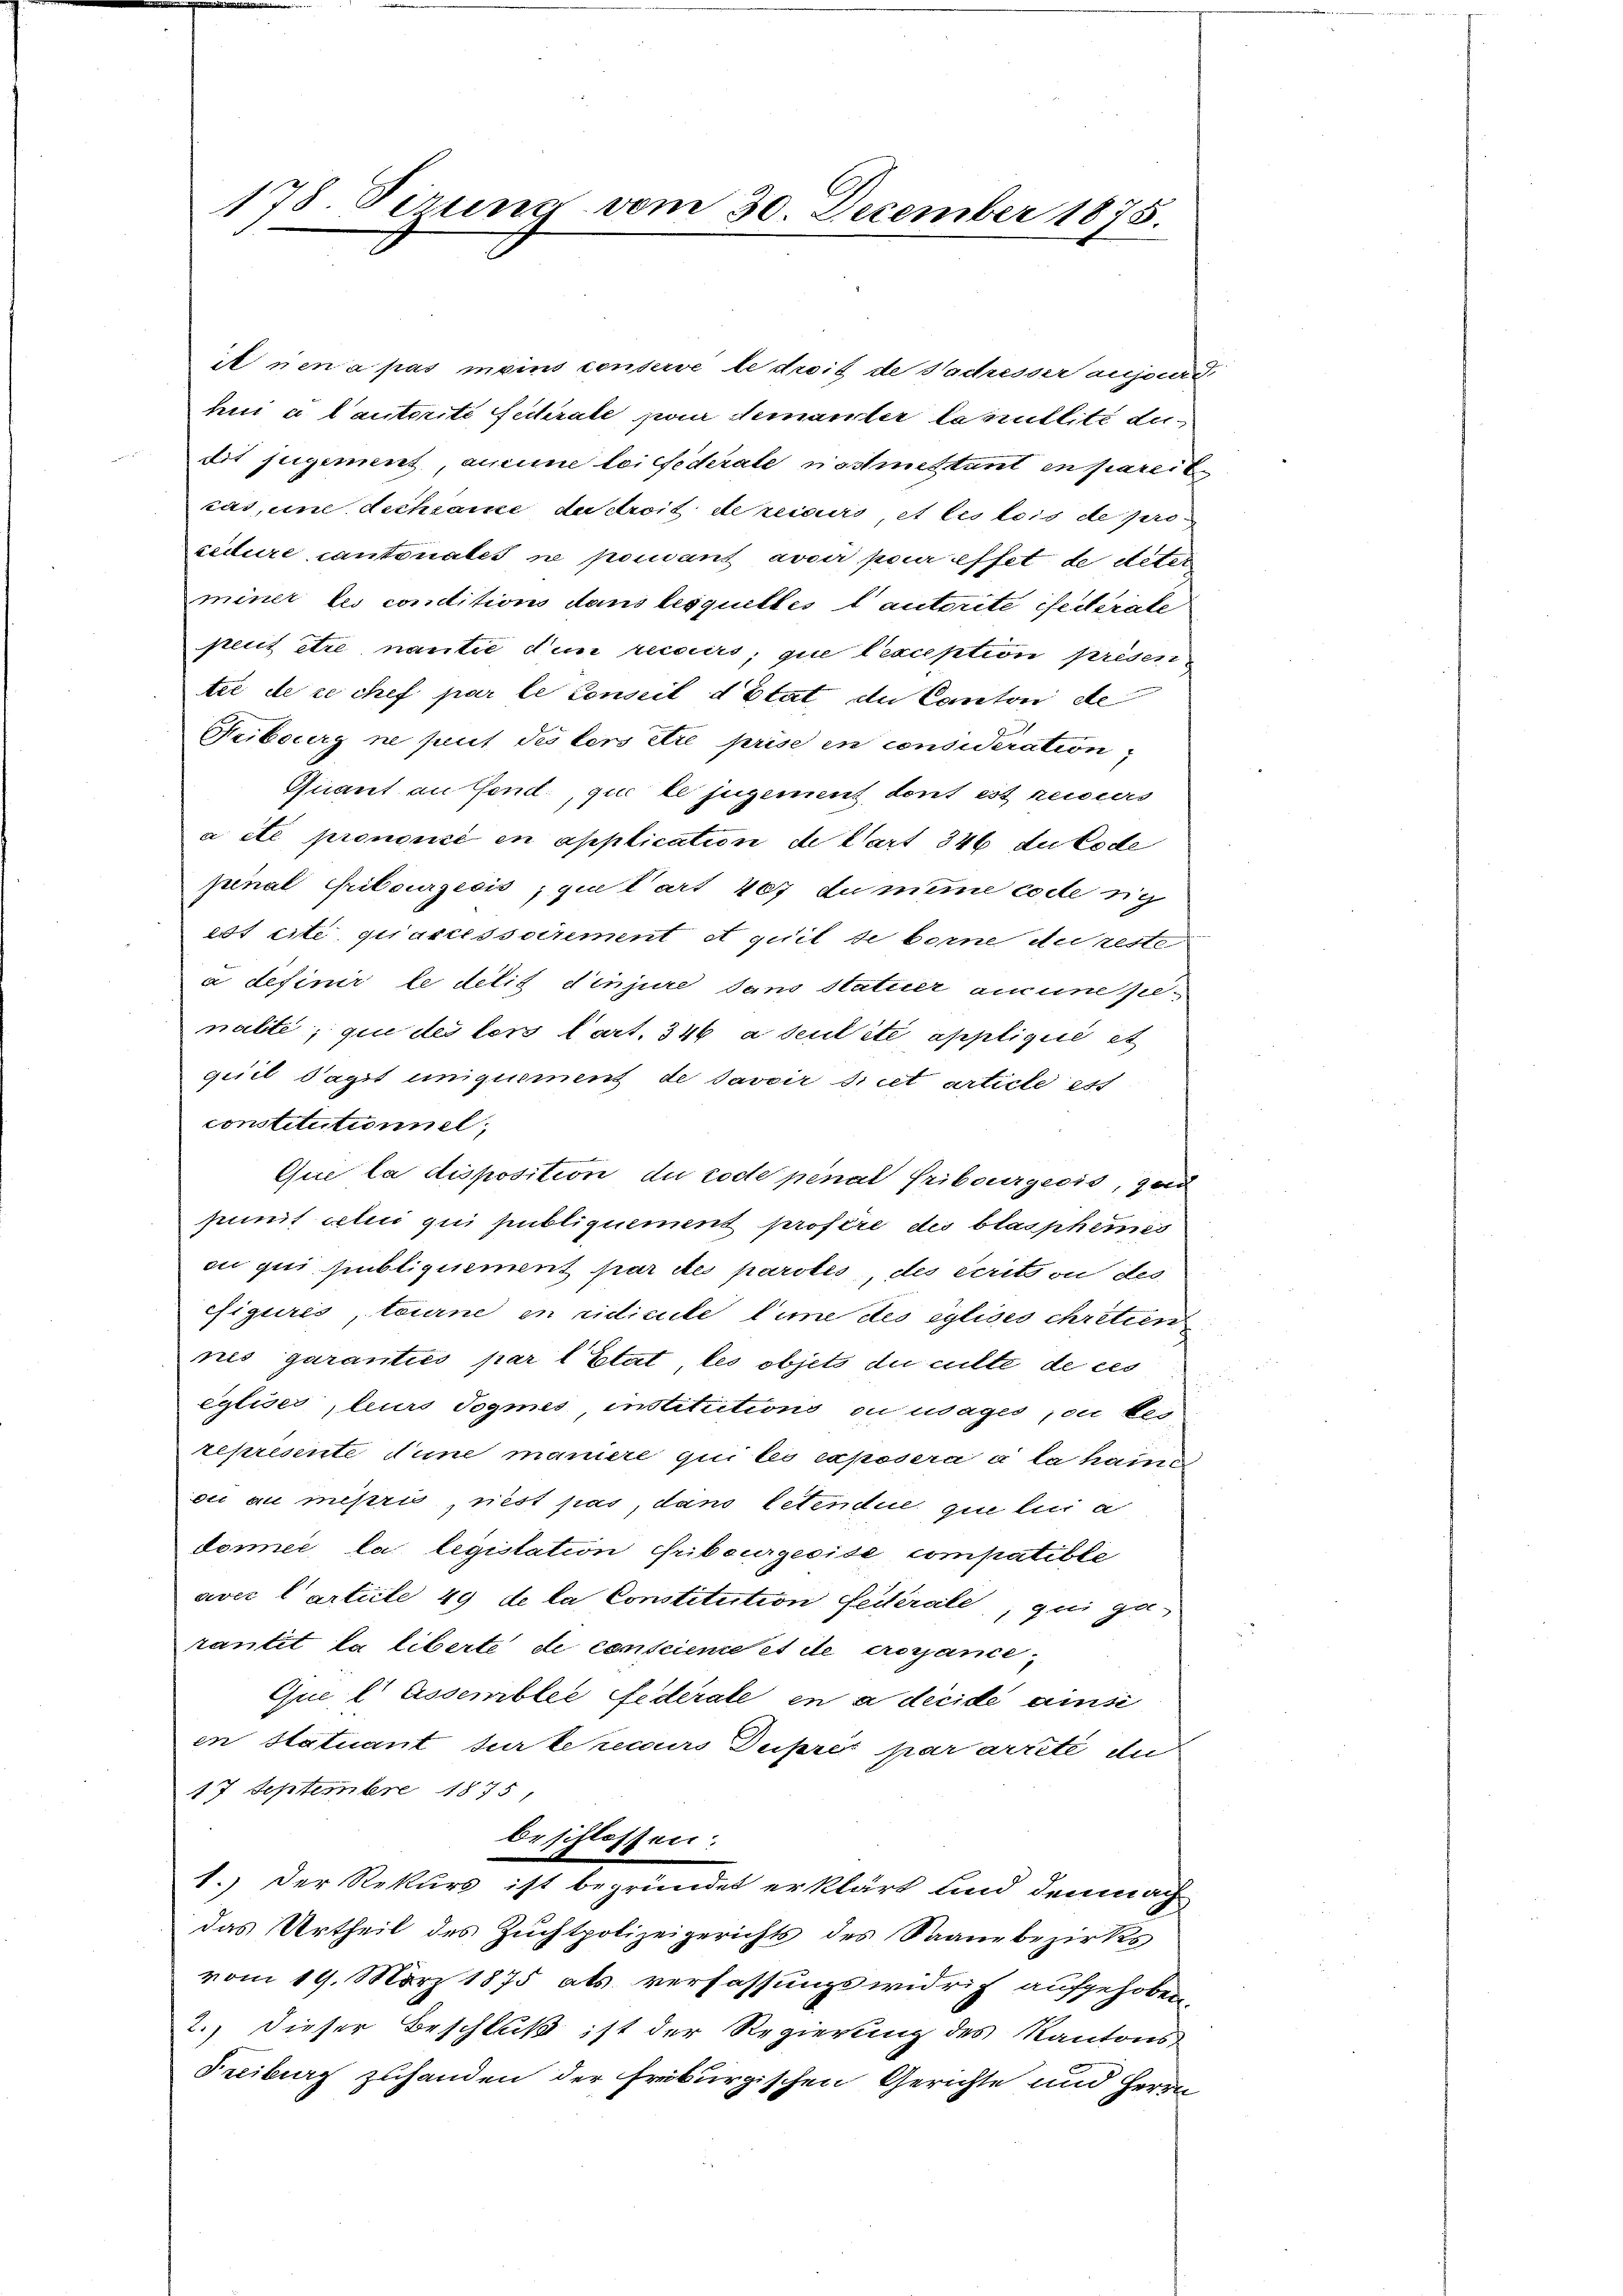
178. Sirung vom 30. December 1875.

it nen a pas moins censerve le droit de Nadresser aufsurd.
hin a lautorité fedrale pour demanter Camillité du
tit jugement, aucune loi federale nochmettant en pareite
tas, und dichsame du droit de recours et les tois de pro
zedure cantonales ne pomant avoir pour effet de Alter
miner les conditions dans lesquittés lautorite federate
peiit être nantie den recoirs, que lexception présentie de ce chef par le Conseit d Etat de Canton de
Fribourg ne suit des ters die prise en consideration
Quant an fand., qui le jugenant dont est reiviers
a été prononcé en application de Cart 346 du Code
pinal Pribourgeois, qui tart 407 du mine code sich
est cite qui accessoirement et quil se berne du reste
à definir le delis d’injure dans Statuer aucune penalte, que des der Cart. 346 a seul été applicire et
giiil Sagt uniquement de savoir dicet article ess
constitutionnel,
Que la disposition du code pénal Fribourgeois, ged
suunit celui qui publiquement profère des blasphemes
ou qui publiquement par des parotes, des écrits ou des
efiguris, tourne en cidicille line des cylises chritten
nes garanties par l’Etat, les objets du culté de ces
eyliser, leurs Jogmes institutions ou usages ou bes
represente die maniere qui les exposera à la haine
oi au mipri, nest pas, dans letendue que lui a
doner la legislation Fribourgeoise compatible
avec l’article 49 de la Constitution feierale, qui gerantit la liberte de conscience et de croyance,
Que lassembler Federate in adecide einse
en Statuant sur le recours Dupres par arrité di
17 Septembre 1875,
beschlossen:
.
1.) Der Rekurs ist begründet erklärt und demnach
das Urtheil des Zuchtpolizeigerichts des Saanzbezirks
vom 19. März 1875 als verfassungswidrig aufgehoben
2., dieser Beschluß ist der Regierung des Kantons-
Freiburg zuhanden der Freiburgischen Gerichte und Herrn